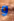
و